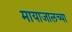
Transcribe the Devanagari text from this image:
मायाजालच्या